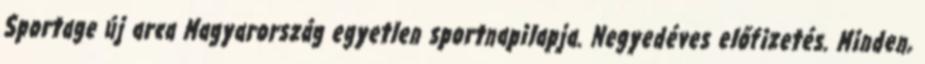
Sportage új arca Magyarország egyetlen sportnapilapja. Negyedéves előfizetés. Minden,